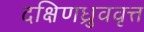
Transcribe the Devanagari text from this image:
दक्षिणध्रुववृत्त